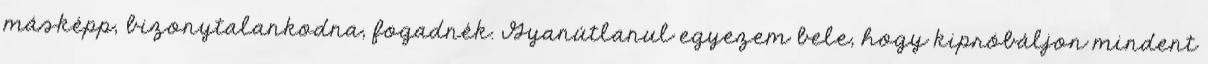
másképp, bizonytalankodna, fogadnék. Gyanútlanul egyezem bele, hogy kipróbáljon mindent